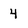
Character: 4